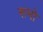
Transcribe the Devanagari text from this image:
रूमो